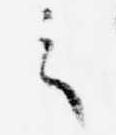
之